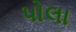
પોલા